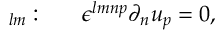
\d \L _ { l m } : ~ ~ ~ ~ ~ \epsilon ^ { l m n p } \partial _ { n } u _ { p } = 0 ,